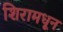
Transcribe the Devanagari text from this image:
शिरामधून